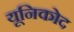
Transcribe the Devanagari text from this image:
यूनिकोद